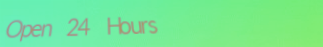
Open 24 Hours